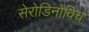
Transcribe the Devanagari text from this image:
सेरोडिनोविच